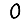
Digit: 0